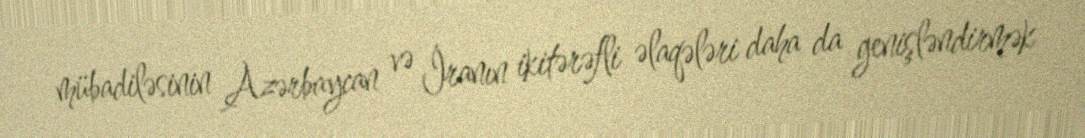
mübadiləsinin Azərbaycan və İranın ikitərəfli əlaqələri daha da genişləndirmək